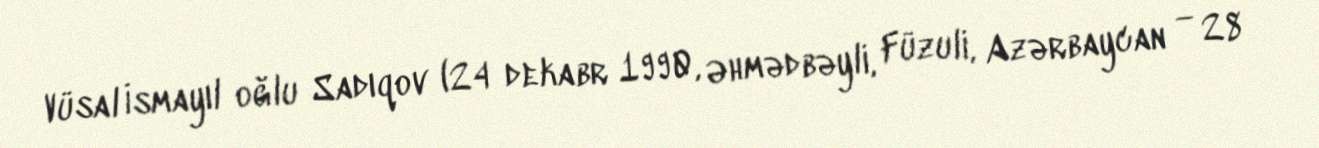
Vüsal İsmayıl oğlu Sadıqov (24 dekabr 1990, Əhmədbəyli, Füzuli, Azərbaycan — 28